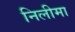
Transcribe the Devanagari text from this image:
निलीमा